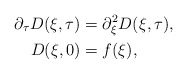
\begin{align*}\partial_{\tau} D(\xi, \tau) &= \partial_{\xi}^{2} D(\xi, \tau), \\D(\xi, 0) &= f(\xi), \end{align*}